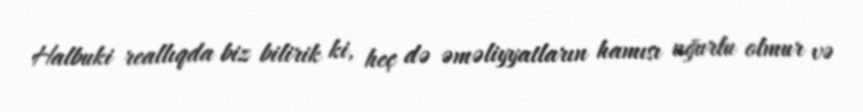
Halbuki reallıqda biz bilirik ki, heç də əməliyyatların hamısı uğurlu olmur və